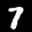
Label: 7